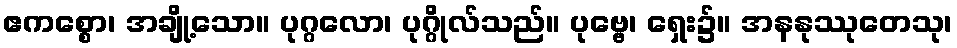
ဧကစ္စော၊ အချို့သော။ ပုဂ္ဂလော၊ ပုဂ္ဂိုလ်သည်။ ပုဗ္ဗေ၊ ရှေး၌။ အနနုဿုတေသု၊